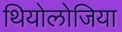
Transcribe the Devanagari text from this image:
थियोलोजिया